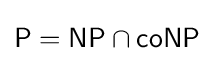
{\mathsf {P}}={\mathsf {NP}}\cap {\mathsf {coNP}}